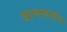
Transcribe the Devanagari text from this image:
डायवर्सन